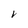
Character: V